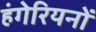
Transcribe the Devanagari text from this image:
हंगेरियनों